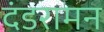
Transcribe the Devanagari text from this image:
दंडरामन